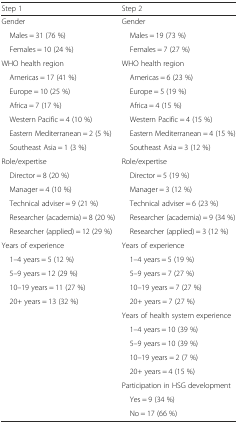
| Step 1 | Step 2 |
 | --- | --- |
 | Gender | Gender |
 | Males = 31 (76 %) | Males = 19 (73 %) |
 | Females = 10 (24 %) | Females = 7 (27 %) |
 | WHO health region | WHO health region |
 | Americas = 17 (41 %) | Americas = 6 (23 %) |
 | Europe = 10 (25 %) | Europe = 5 (19 %) |
 | Africa = 7 (17 %) | Africa = 4 (15 %) |
 | Western Pacific = 4 (10 %) | Western Pacific = 4 (15 %) |
 | Eastern Mediterranean = 2 (5 %) | Eastern Mediterranean = 4 (15 %) |
 | Southeast Asia = 1 (3 %) | Southeast Asia = 3 (12 %) |
 | Role/expertise | Role/expertise |
 | Director = 8 (20 %) | Director = 5 (19 %) |
 | Manager = 4 (10 %) | Manager = 3 (12 %) |
 | Technical adviser = 9 (21 %) | Technical adviser = 6 (23 %) |
 | Researcher (academia) = 8 (20 %) | Researcher (academia) = 9 (34 %) |
 | Researcher (applied) = 12 (29 %) | Researcher (applied) = 3 (12 %) |
 | Years of experience | Years of experience |
 | 1–4 years = 5 (12 %) | 1–4 years = 5 (19 %) |
 | 5–9 years = 12 (29 %) | 5–9 years = 7 (27 %) |
 | 10–19 years = 11 (27 %) | 10–19 years = 7 (27 %) |
 | <ROWSPAN=9> 20+ years = 13 (32 %) | 20+ years = 7 (27 %) |
 | Years of health system experience |
 | 1–4 years = 10 (39 %) |
 | 5–9 years = 10 (39 %) |
 | 10–19 years = 2 (7 %) |
 | 20+ years = 4 (15 %) |
 | Participation in HSG development |
 | Yes = 9 (34 %) |
 | No = 17 (66 %) |